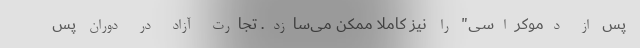
پس از دموکراسی" را نیز کاملا ممکن می‌سازد. تجارت آزاد در دوران پس